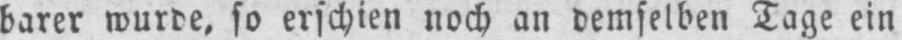
barer wurde, so erschien noch an demselben Tage ein